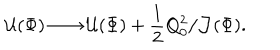
{ \cal U } ( \Phi ) \longrightarrow { \cal U } ( \Phi ) + { \frac { 1 } { 2 } } Q _ { 0 } ^ { 2 } / { \cal J } ( \Phi ) .